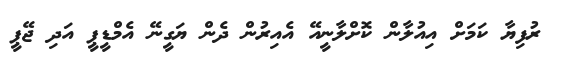
ރުފިޔާ ކަމަށް އިއުލާން ކޮށްލާނީއޭ އެއިރުން ދެން ޔަގީނޭ އެމްޑީޕީ އަދި ޖޭޕީ